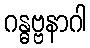
ဂန္ဓဗ္ဗနာဂါ